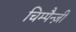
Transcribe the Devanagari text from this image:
चिम्पैन्ज़ी